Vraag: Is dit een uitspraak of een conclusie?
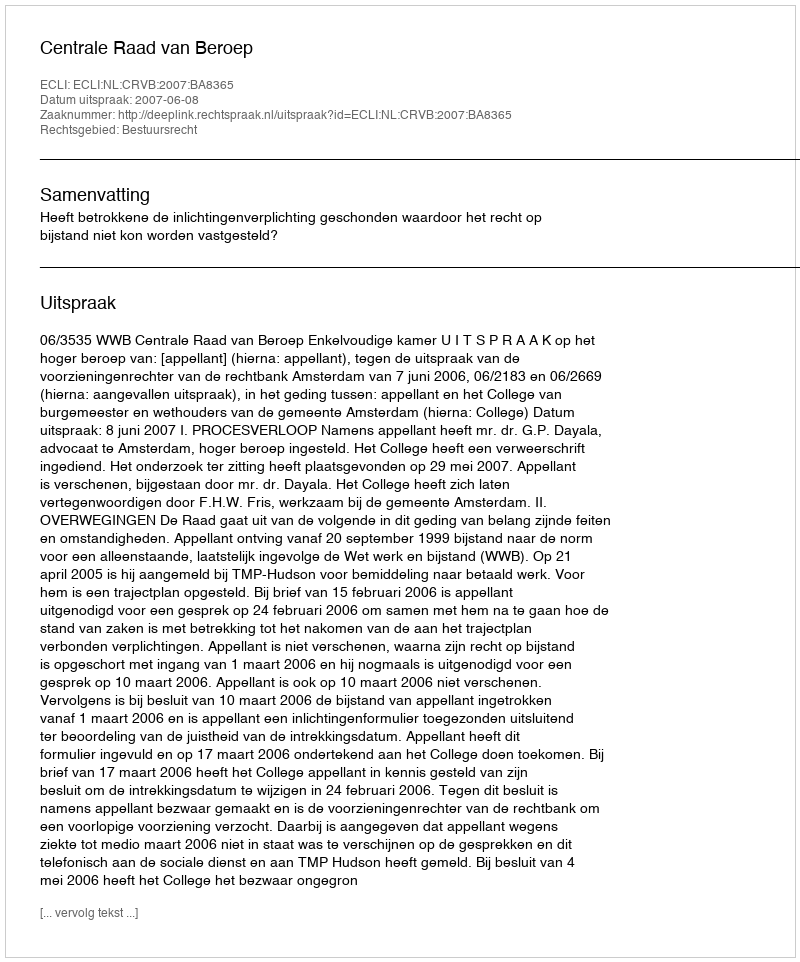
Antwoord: Uitspraak